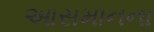
આસમાનના